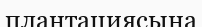
плантациясына